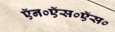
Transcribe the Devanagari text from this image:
ऍन०ऍस०ऍस०